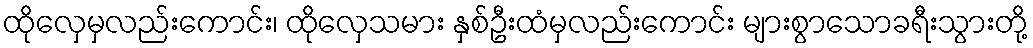
ထိုလှေမှလည်းကောင်း၊ ထိုလှေသမား နှစ်ဦးထံမှလည်းကောင်း များစွာသောခရီးသွားတို့